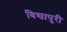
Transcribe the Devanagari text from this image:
विद्यापुरी